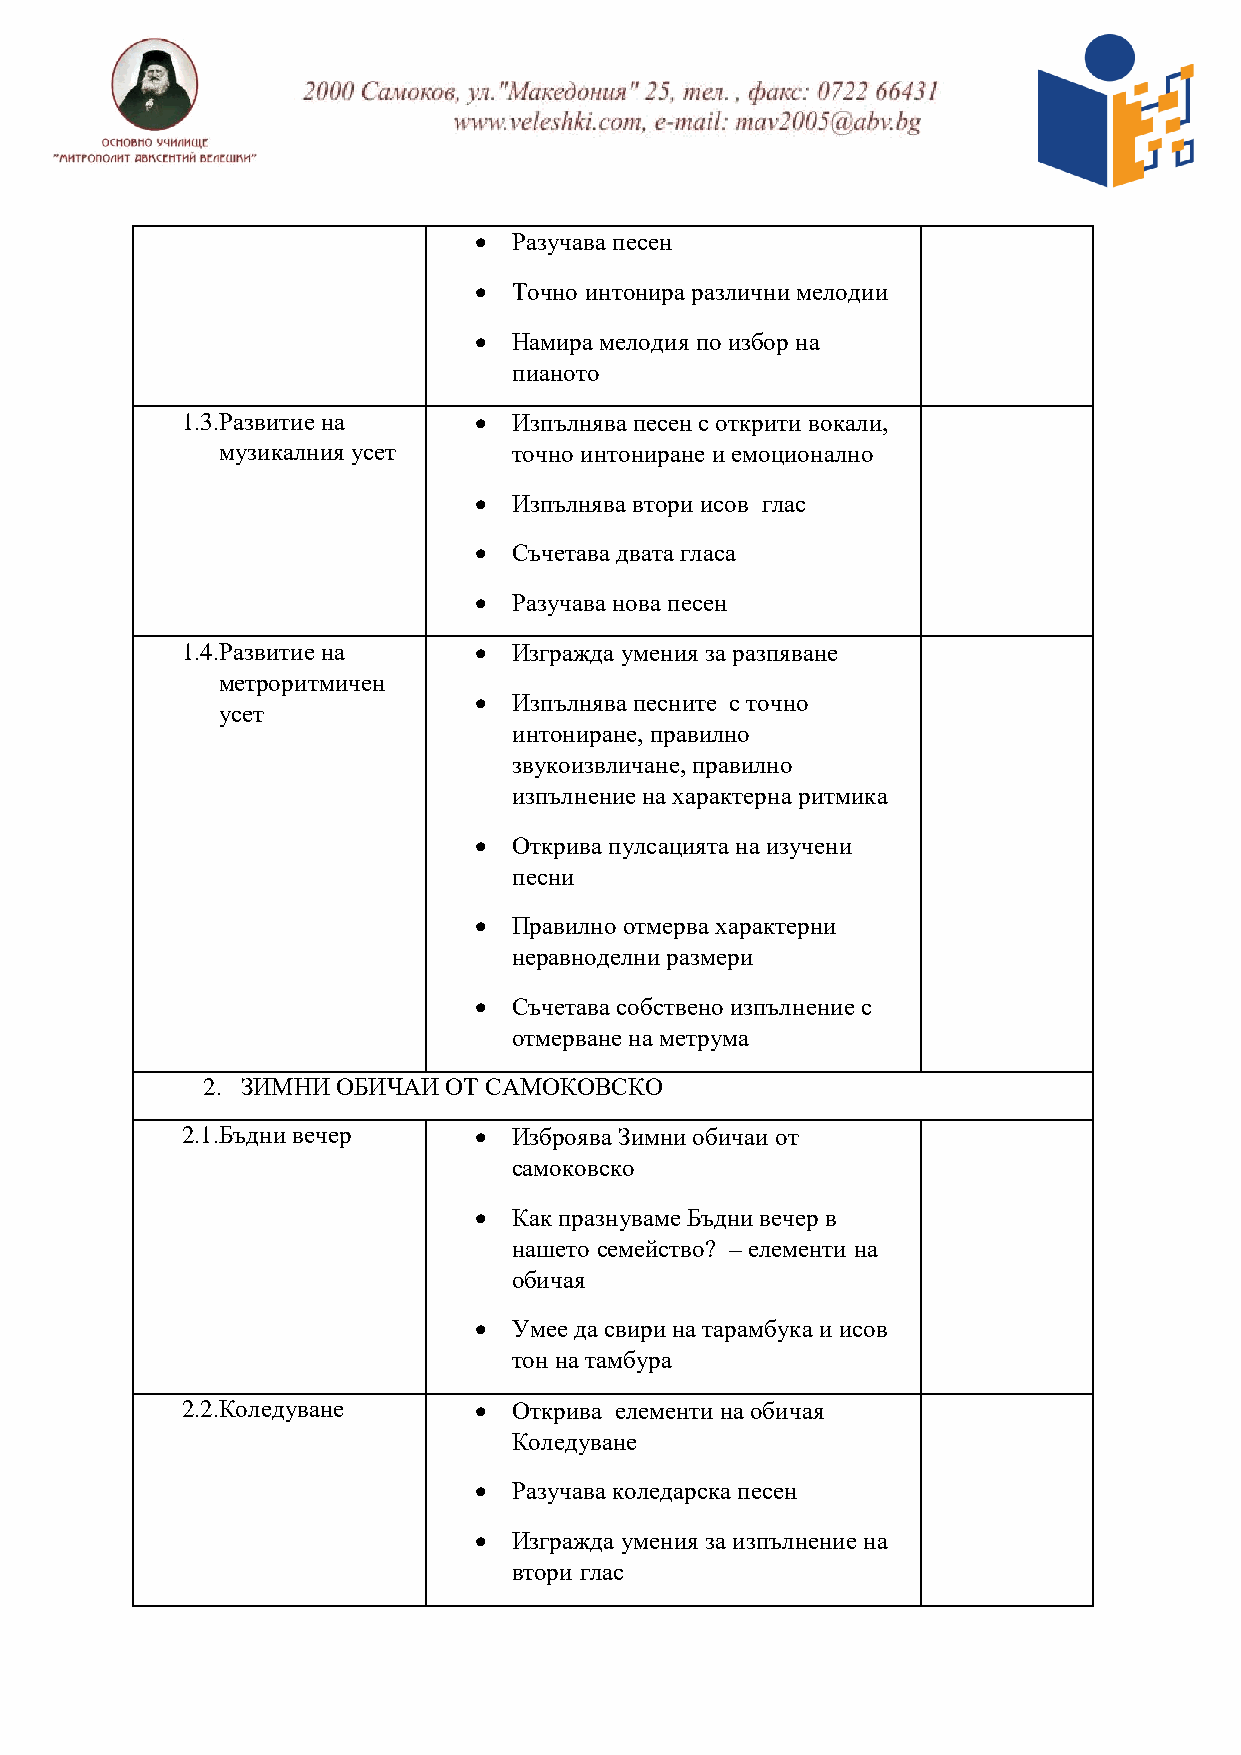
  Разучава песен
   Точно интонира различни мелодии
   Намира мелодия по избор на
 пианото
 1.3.Развитие на      Изпълнява песен с открити вокали,
 музикалния усет    точно интониране и емоционално
   Изпълнява втори исов глас
   Съчетава двата гласа
   Разучава нова песен
 1.4.Развитие на      Изгражда умения за разпяване
 метроритмичен
   Изпълнява песните с точно
 усет
 интониране, правилно
 звукоизвличане, правилно
 изпълнение на характерна ритмика
   Открива пулсацията на изучени
 песни
   Правилно отмерва характерни
 неравноделни размери
   Съчетава собствено изпълнение с
 отмерване на метрума
 2. ЗИМНИ ОБИЧАИ ОТ САМОКОВСКО
 2.1.Бъдни вечер      Изброява Зимни обичаи от
 самоковско
   Как празнуваме Бъдни вечер в
 нашето семейство? – елементи на
 обичая
   Умее да свири на тарамбука и исов
 тон на тамбура
 2.2.Коледуване       Открива елементи на обичая
 Коледуване
   Разучава коледарска песен
   Изгражда умения за изпълнение на
 втори глас